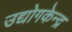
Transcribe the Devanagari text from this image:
उद्योगकेन्द्र